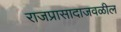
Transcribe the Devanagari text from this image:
राजप्रासादाजवळील